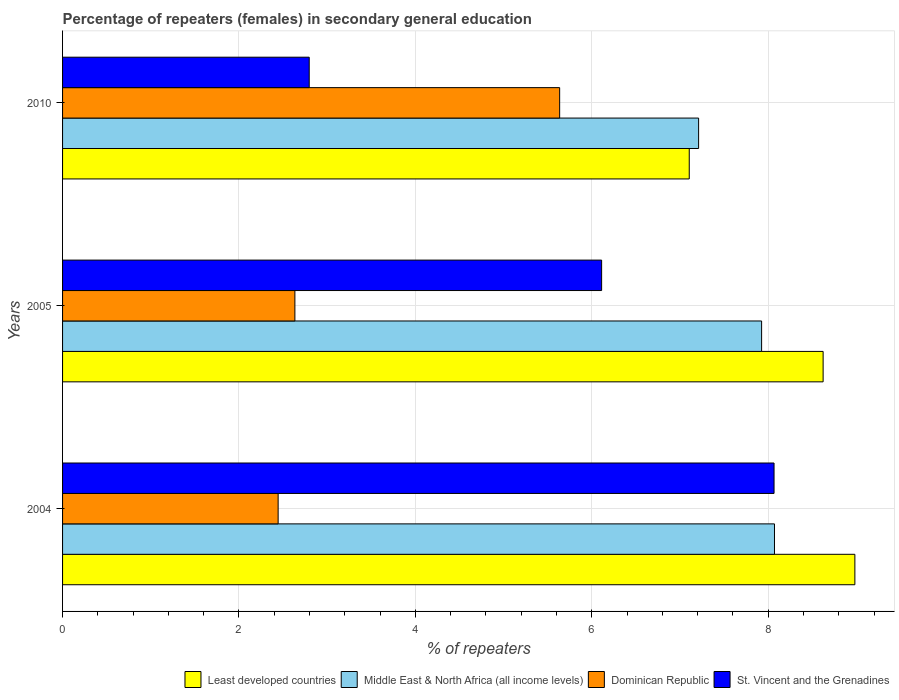
| Years | Least developed countries | Middle East & North Africa (all income levels) | Dominican Republic | St. Vincent and the Grenadines |
 | --- | --- | --- | --- | --- |
 | 2004 | 8.98 | 8.07 | 2.44 | 8.07 |
 | 2005 | 8.62 | 7.92 | 2.63 | 6.11 |
 | 2010 | 7.1 | 7.21 | 5.64 | 2.8 |